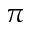
\pi